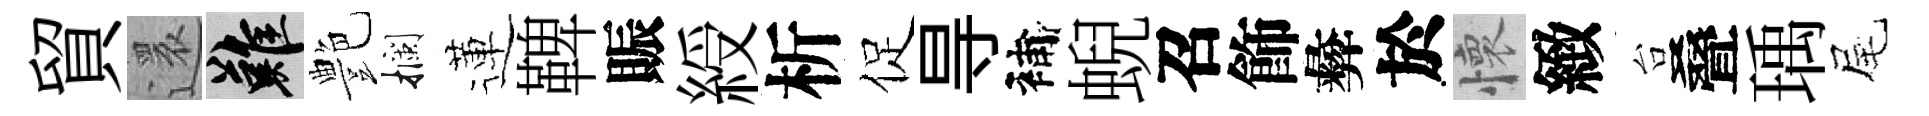
貿還難艶攔蓮鞞賑綬析促㝵補蜺召飾彜於懷緻台叠瑀尾